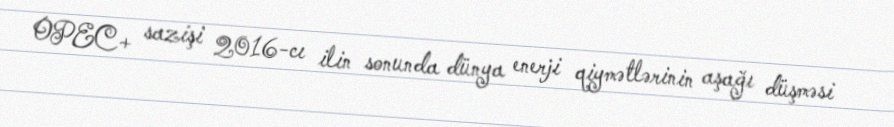
OPEC+ sazişi 2016-cı ilin sonunda dünya enerji qiymətlərinin aşağı düşməsi